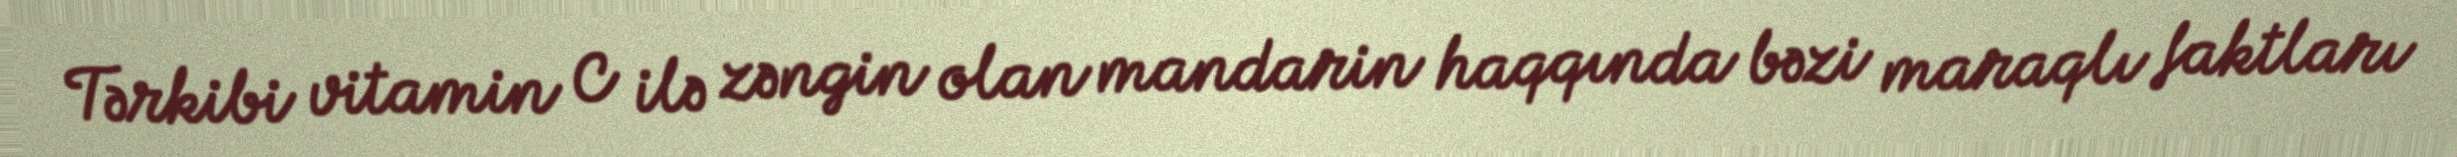
Tərkibi vitamin C ilə zəngin olan mandarin haqqında bəzi maraqlı faktları